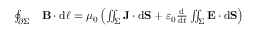
{ \begin{array} { r l } { \oint _ { \partial \Sigma } } & { \mathbf { B } \cdot \mathrm { d } { \boldsymbol { \ell } } = \mu _ { 0 } \left( \iint _ { \Sigma } \mathbf { J } \cdot \mathrm { d } \mathbf { S } + \varepsilon _ { 0 } { \frac { \mathrm { d } } { \mathrm { d } t } } \iint _ { \Sigma } \mathbf { E } \cdot \mathrm { d } \mathbf { S } \right) } \end{array} }